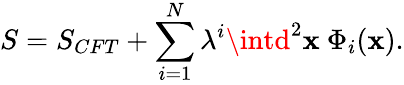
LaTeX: S=S_{CFT}+\sum_{i=1}^{N}\lambda^{i}\intd^{2}\mathbf{x}\ \Phi_{i}(\mathbf{x}).